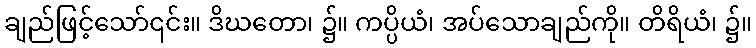
ချည်ဖြင့်သော်၎င်း။ ဒိဃတော၊ ၌။ ကပ္ပိယံ၊ အပ်သောချည်ကို။ တိရိယံ၊ ၌။